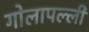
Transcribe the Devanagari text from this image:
गोलापल्ली